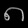
Digit: ၈